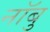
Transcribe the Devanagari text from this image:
नॉबु